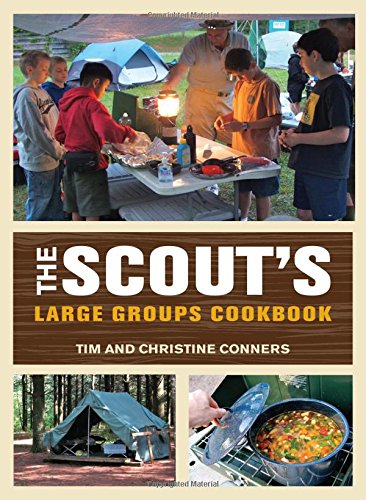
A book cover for Scout's Large Groups Cookbook; Christine Conners; Cookbooks, Food & Wine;